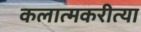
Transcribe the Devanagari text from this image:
कलात्मकरीत्या